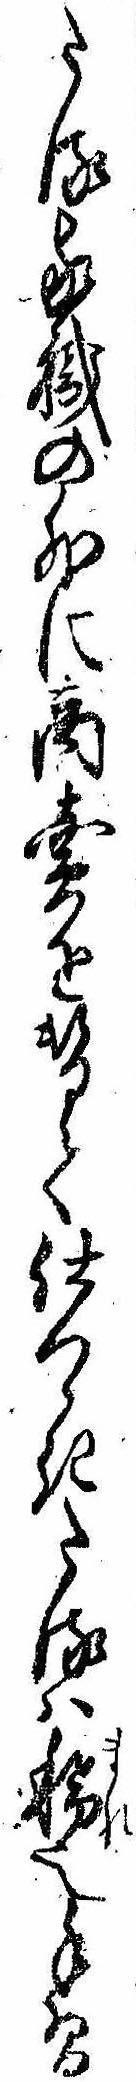
たる家職の外に商売を替て仕つゝきたるは稀也手習